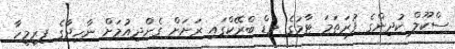
ސްކޫލް ކުދިންގެ ފުރަތަމަ ޓާމުގެ މިޑް ބްރޭކްގައި ރަށަށް ގެންދިއުމަށް ނާހިދާގެ ފިރިމީހާ